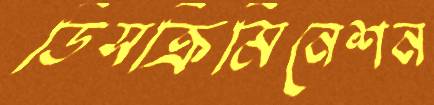
ডিসক্রিমিনেশন